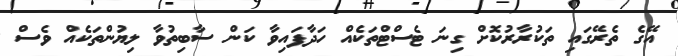
އޭގެ ތެރޭގައި ތަކުރާރުކޮށް ގިނަ ޓެސްޓްތަކެއް ހަދާފައިވާ ކަން ސާބިތުވާ ލިޔުންތަކެއް ވެސް